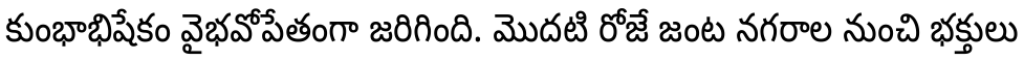
కుంభాభిషేకం వైభవోపేతంగా జరిగింది. మొదటి రోజే జంట నగరాల నుంచి భక్తులు